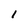
Character: 1